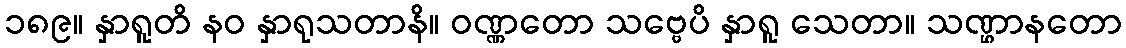
၁၈၉။ နှာရူတိ နဝ နှာရုသတာနိ။ ဝဏ္ဏတော သဗ္ဗေပိ နှာရူ သေတာ။ သဏ္ဌာနတော